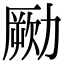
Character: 𠢭